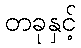
တခုနှင့်